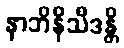
နာဘိနိသီဒန္တိ